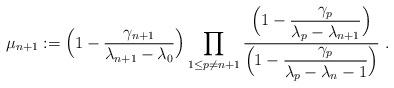
LaTeX: \begin{align*}\mu_{n+1}:=\Big(1-\frac{\gamma_{n+1}}{\lambda_{n+1}-\lambda_0}\Big)\prod_{1\leq p\ne n + 1}\frac{\displaystyle{\Big( 1-\frac{\gamma_p}{\lambda_p-\lambda_{n+1}}\Big)}}{\displaystyle{\Big(1-\frac{\gamma_p}{\lambda_p-\lambda_{n}-1}\Big)}}\ .\end{align*}